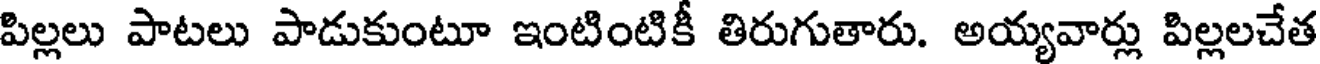
పిల్లలు పాటలు పాడుకుంటూ ఇంటింటికీ తిరుగుతారు. అయ్యవార్లు పిల్లలచేత